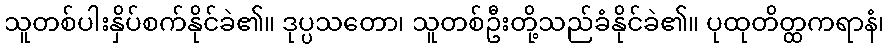
သူတစ်ပါးနှိပ်စက်နိုင်ခဲ၏။ ဒုပ္ပသတော၊ သူတစ်ဦးတို့သည်ခံနိုင်ခဲ၏။ ပုထုတိတ္ထကရာနံ၊